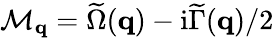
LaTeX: \mathcal{M}_{\mathbf{q}}=\widetilde\Omega(\mathbf{q})-\mathrm{i}\widetilde\Gamma(\mathbf{q})/2